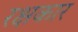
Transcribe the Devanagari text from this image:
रक्षकार